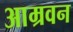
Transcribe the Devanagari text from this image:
आम्रवन